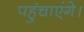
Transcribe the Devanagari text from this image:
पहुंचाएंगे।